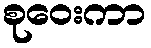
စုဝေးကာ